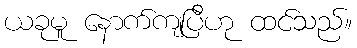
ယခုမူ နောက်ကျပြီဟု ထင်သည်။